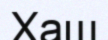
Хаш